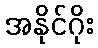
အနိုင်ဂိုး